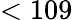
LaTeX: <109